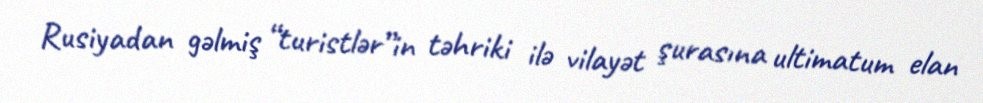
Rusiyadan gəlmiş “turistlər”in təhriki ilə vilayət şurasına ultimatum elan